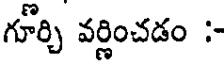
గూర్చి వర్ణించడం :